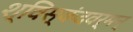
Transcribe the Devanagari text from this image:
श्विस्कंदवर्मन्